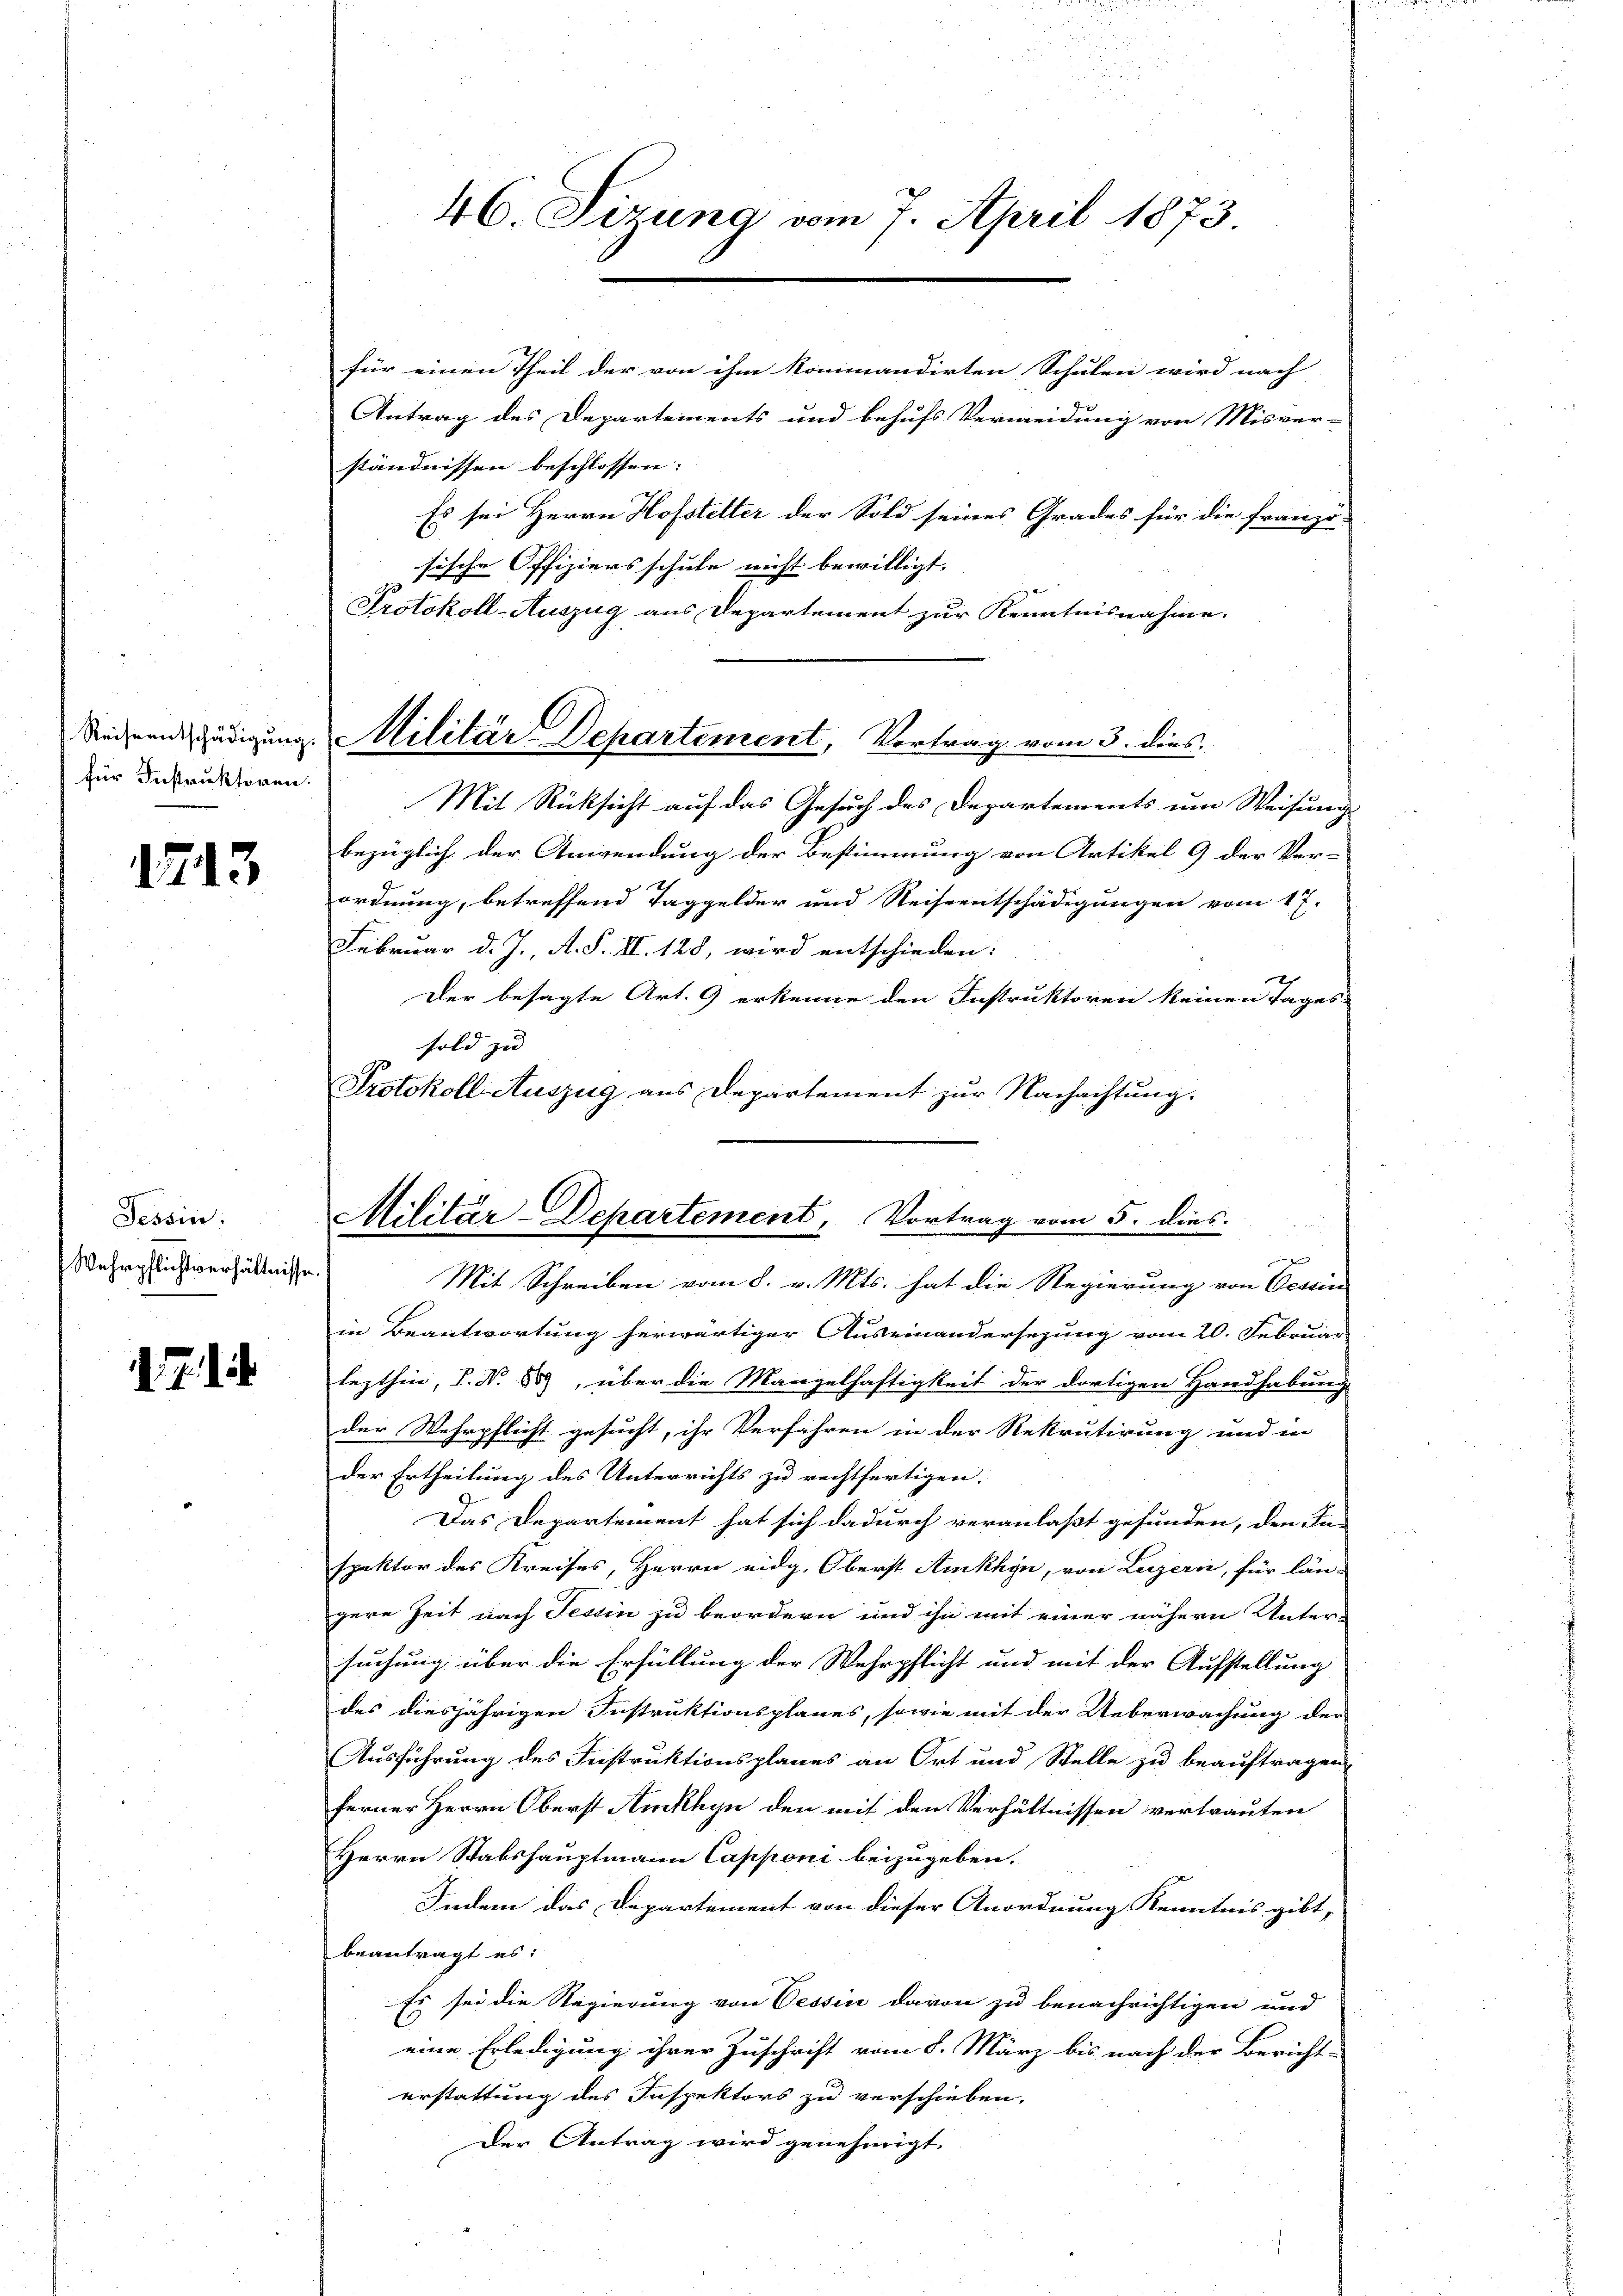
für Instruktoren.

1713

Tessin:
Wehrpflichtverhältnisse.

d. 7. di

46. Sizung vom 7. April 1873.

Diedern ledigung Militär Departement, Vortrag vom 3. dies

Militär-Departement, Vortrag vom 5. dies

für einen Theil der von ihm kommandirten Schulen wird nach |
Antrag des Departements und behufs Vermeidung von Misver-
ständnissen beschlossen: |
Es sei Herrn Hofstetter der Sold seines Grades für die franzö-
sische Offiziersschule nicht bewilligt. |
Protokoll-Auszug aus Departement zur Kenntnisnahme.
Mit Rücksicht auf das Gesuch des Departements um Weisung
bezüglich der Anwendung der Bestimmung von Artikel 9 der Ver-
ordnung, betreffend Taggelder und Reiseentschädigungen vom 17.
Februar d. J., A. S. II. 128, wird entschieden:
Der besagte Art. 9 erkenne den Instruktoren keinen Tages-
sold zu |
Protokoll Auszug aus Departement zur Nachachtung.
x
Mit Schreiben vom 8. v. Mts. hat die Regierung von Cessin
in Beantwortung herwärtiger Auseinandersezung vom 20. Februar
lezthin, S. Nr. 839, über die Mangelhaftigkeit der dortigen Handhabung
der Wehrpflicht gesucht, ihr Verfahren in der Rekrutirung und in
der Ertheilung des Unterrichts zu rechtfertigen.
Das Departement hat sich dadurch veranlaßt gefunden, den die-
spektor des Kreises, Herrn eidg. Oberst Aukhyn, von Luzern, für län-
gere Zeit nach Tessin zu beordern und ihn mit einer nähern Unter-
suchung über die Erfüllung der Wehrpflicht und mit der Aufstellung
des diesjährigen Instruktionsplanes, sowie mit der Ueberwachung der
Ausführung des Instruktionsplanes an Ort und Stelle zu beauftragen,
ferner Herrn Oberst Amkhyn den mit den Verhältnissen vertrauten
Herrn Stabshauptmann Capponi beizugeben.
Indem das Departement von dieser Anordnung Kenntnis gibt,
beantragt es:
Es sei die Regierung von Cessin davon zu benachrichtigen und
eine Erledigung ihrer Zuschrift vom 8. März bis nach der Bericht-
erstattung des Inspektors zu verschieben.
Der Antrag wird genehmigt.